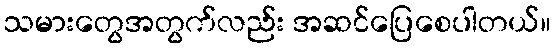
သမားတွေအတွက်လည်း အဆင်ပြေစေပါတယ်။